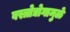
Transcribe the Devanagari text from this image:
वस्त्रोद्योगामुळे